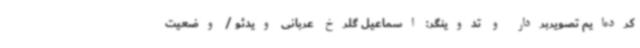
کرده‌ایم تصویربردار و تدوینگر: اسماعیل گلرخ عربانی ویدئو / وضعیت